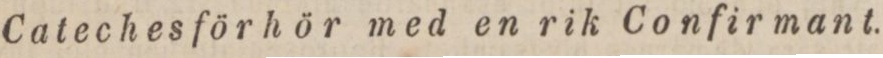
Cateches för hör med en rik Confirmant.